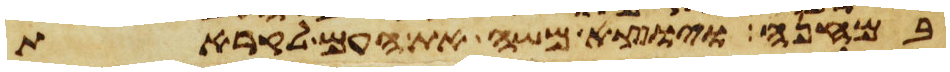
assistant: במחנה ויוצא משה את העם לקראת